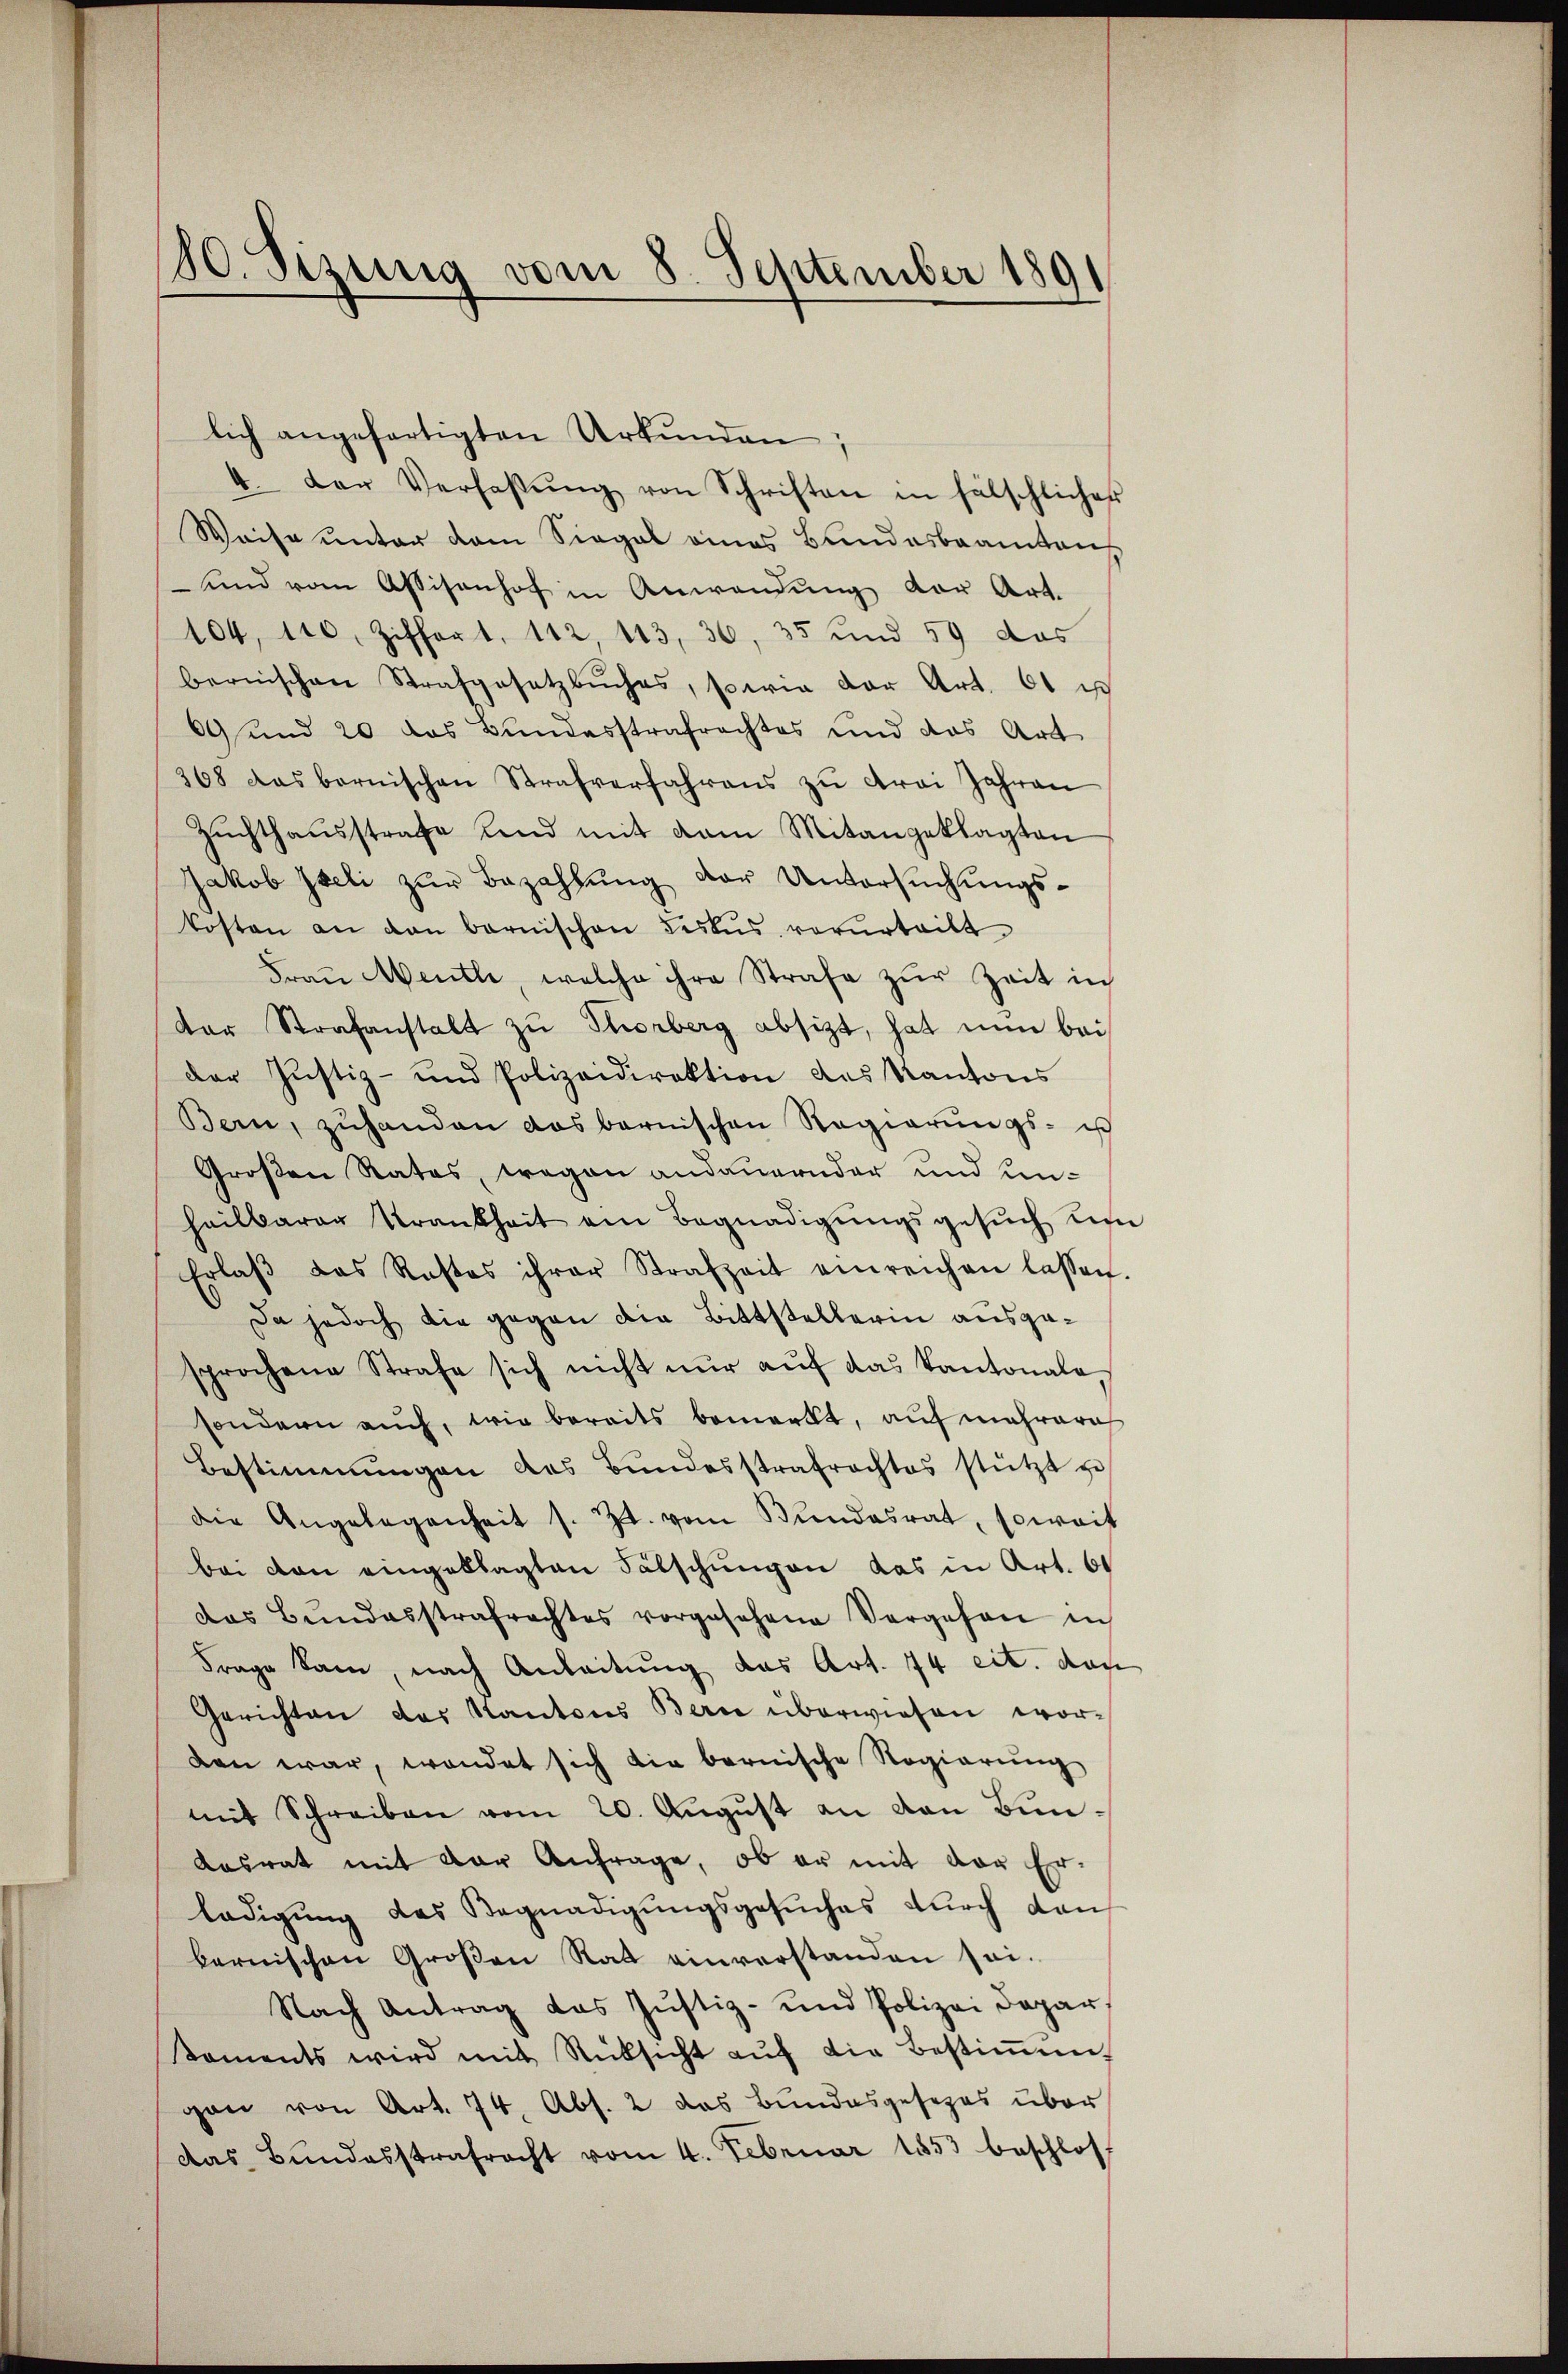
180. Sizung vom 8. September 1891

lich angefertigten Urkŭnden.
4. Der Verlaβŭng von Schriften in fälschlicher
Waise unter dem Siegel eines Bundesbeamtens
und vom Assisenhof in Anwendŭng der Art.
104, 110, Ziffert, 112, 113, 36, 35 und 59 das
bernischen Strafgesetzbuches, sowie der Art. 61 u
69 und 20 das Bundesstrafrechtes und das Art
368 das bernischen Strafverfahrens zŭ drei Jahren
Zŭchthaŭsstrafe und mit dem Mitangeklagten
Jakob Iseli zur Bezahlung der Untersuchungskosten an dan barnischen Leskŭs vorurteilt
Frau Menthe, welche ihre Strafe zur Zeit in
der Strafanstalt zu Thorberg absizt, hat nun bei
der Justiz- und Polizeidirektion des Kantons
Bern, zŭhanden das barnischen Regierŭngs- ich
Großen Rates, tragen andauernder und un-
heilbarer Krankheit ein Begnadigungsgesŭch um
Erlaβ das Restas ihrer Strafzeit einreichen lassen.
Da jedoch die gegen die Bittstellerin ausgesprochene Strafe sich nicht nŭr aŭf das Kantonale
sondern auch, wie bereits bemerkt, auf mehrere
Bestimmungen des Bundesstrafrachtes stützt zu
die Angelegenheit s. Zt. vom Bŭndesrat, soweit
bei von eingeklagten Fälschungen das in Art. 60
das Bundesstrafrachtes vorgesehene Vergehen in
Frage kam, nach Anleitung das Art. 74 cit. das
Gerichten das Kantons Berne überwiesen wor-
dan war, wendet sich die bernische Regierŭng
mit Schreiben vom 20. Aŭgŭst an von Bun¬
Kasrat mit der Anfrage, ob er mit der Er-
ladigung des Begnadigungsgesuches durch den
bernischen Großen Rat einverstanden sei.
Nach Antrag das Justiz- und Polizei Dapar
Koments wird mit Rücksicht aŭf die Bestiṁun-
gan von Art. 74. Abs. 2 das Bundesgesezes über
das Bundesstrafrecht vom 4. Februar 1853 beschlos